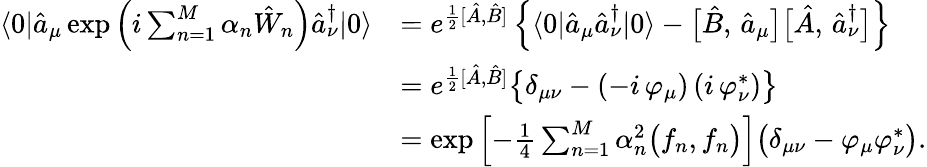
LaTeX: \begin{array}{rl}{\langle 0|\hat{a}_{\mu}\exp\left(i\sum_{n=1}^{M}\alpha_{n}\hat{W}_{n}\right)\hat{a}_{\nu}^{\dagger}|0\rangle}&{=e^{\frac{1}{2}[\hat{A},\hat{B}]}\left\{ \langle 0|\hat{a}_{\mu}\hat{a}_{\nu}^{\dagger}|0\rangle-\bigl[\hat{B},\, \hat{a}_{\mu}\bigr]\bigl[\hat{A},\, \hat{a}_{\nu}^{\dagger}\bigr]\right\} }\\ &{=e^{\frac{1}{2}[\hat{A},\hat{B}]}\bigl\{ \delta_{\mu\nu}-\left(-i\, \varphi_{\mu}\right)\left(i\, \varphi_{\nu}^{*}\right)\bigr\} }\\ &{=\exp\left[-\frac{1}{4}\sum_{n=1}^{M}\alpha_{n}^{2}\bigl(f_{n},f_{n}\bigr)\right]\bigl(\delta_{\mu\nu}-\varphi_{\mu}\varphi_{\nu}^{*}\bigr).}\end{array}